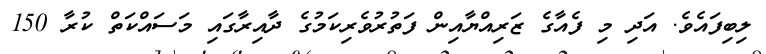
ލިބިފައެވެ. އަދި މި ފެއާގެ ޒަރިއްޔާއިން ފަތުރުވެރިކަމުގެ ދާއިރާގައި މަސައްކަތް ކުރާ 150